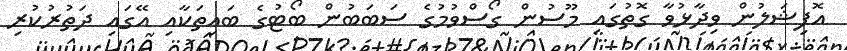
އޮފިޝަލުން ވިދާޅުވާ ގޮތުގައި މޫސުން ގޯސްވުމުގެ ސަބަބުން ބޯޓުގެ ބައިތަކާއި އޭގައި ދަތުރުކުރި